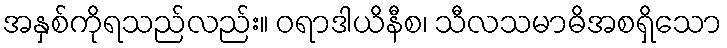
အနှစ်ကိုရသည်လည်း။ ဝရာဒါယိနီစ၊ သီလသမာဓိအစရှိသော